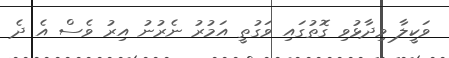
ވަކީލާ ވިދާޅުވި ގޮތުގައި ވަގުތީ އަމުރު ނެރުނު އިރު ވެސް އެ ދެ